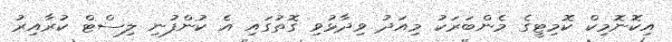
އިކޮނޮމިކް ކޮމިޓީގެ މެންބަރަކު މިއަދު ވިދާޅުވި ގޮތުގައި އެ ކުންފުނި ލިސްޓް ކުރާއިރު